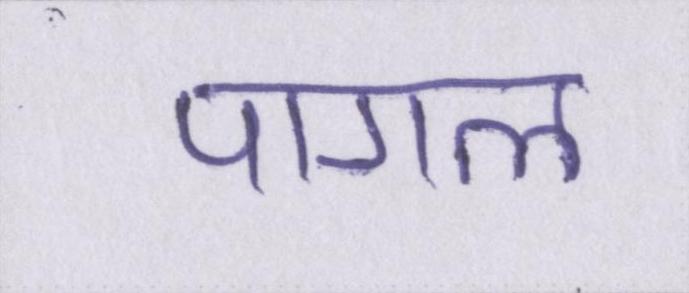
पागल